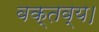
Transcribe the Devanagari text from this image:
वक्तव्य।